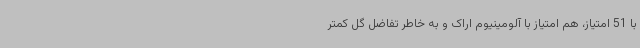
با 51 امتیاز، هم امتیاز با آلومینیوم اراک و به خاطر تفاضل گل کمتر